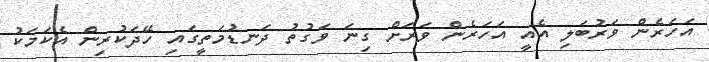
އަހަރެން ވަރުބަލި އެއީ އަހަރެން ވަރަށް ގިނަ ވަގުތު ދަނޑުމަތީގައި ހޭދަކުރިން އެކަމަކު